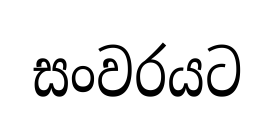
සංවරයට